Report on malaria in the Punjab during the year ...  together with an account of the work of the Punjab Malaria Bureau - Volume 5
Disease focus: Malaria
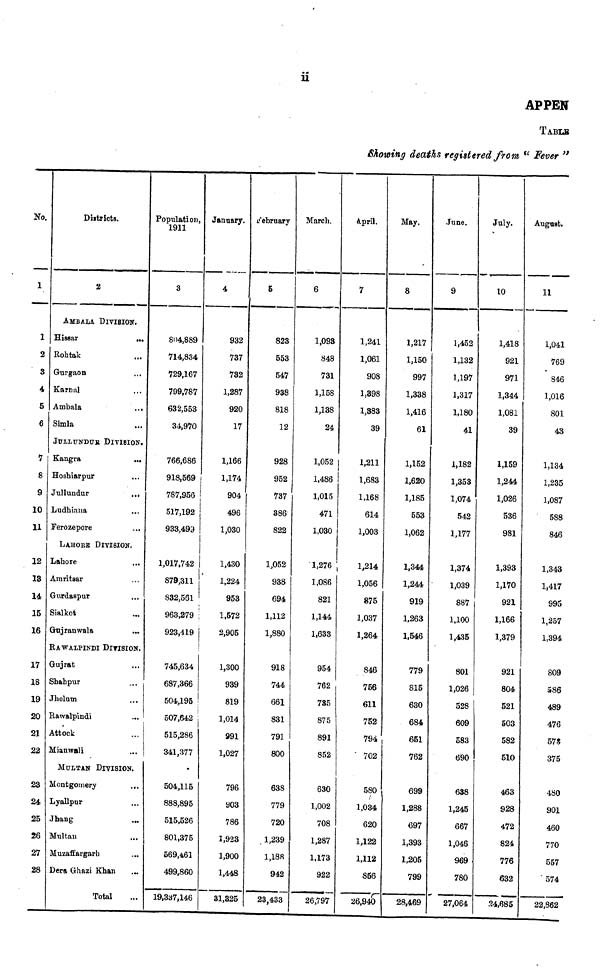
11
APPEN
TABLE
Showing deaths registered from " Fever "
No.
1
1
2
3
4
5
6
7
8
9
10
11
12
I3
14
15
16
17
I8
19
20
21
22
23
24
25
26
27
28
Districts.
2
AMBALA DIVISION.
Hissar
...
Rohtak
Gurgaon
Karnal
Ambala
...
Simla
...
JULLUNDUR DIVISION.
kangra
Hoshiarpur
Jullundur
...
Ludhiana
...
Ferozepore
...
LAHORE DIVISION.
Lahore
...
Amritaar
Gurdaspur
Sialkot
Ghrjranwala
RAWALPINDI DIVISION.
Gujrat
Shahpur
Jhelum
Rawalpindi
Attock
Mianwali
MULTAN DIVISION.
Montgomery
...
Lyallpur
J bang
Multan
Muzaft'argarh
...
Dera Ghazi Khan
Total
Population,
1911
3
804,889
714,834
729,167
799,787
632,553
34,970
766,686
918,569
787,956
517,192
933,499
1,017,742
879,311
832,561
963,279
923,419
745,634
687,366
504,195
507,642
515,286
341,377
504,115
888,895
515,526
801,375
569,4,61
499,860
19,337,146
January.
4
932
737
732
1,287
920
17
1,166
1,174
904
496
1,030
1,430
1,224
953
1,572
2,905
1,300
939
819
1,014
991
1,027
796
903
786
1,923
1,900
1,448
31,325
February
5
823
553
547
938
818
12
928
952
737
386
822
1,052
938
694
1,112
1,880
918
744
661
831
791
800
638
779
720
1,239
3,188
942
23,433
March.
6
1,093
848
731
1,158
1,138
24
1,052
1,486
1,015
471
1,030
1,276
1,086
821
1,144
1,633
954
762
735
875
891
852
630
1,002
708
1,287
1,173
922
26,797
April.
7
1,241
1,061
908
1,398
1,383
39
1,211
1,683
1,168
614
1,003
1,214
1,056
875
1,037
1,264
846
756
611
752
794
702
580
1,034
620
1,122
1,112
856
26,940
May.
8
1,217
1,150
997
1,338
1,416
61
1,152
1,620
1,185
553
1,062
1,344
1,244
919
1,263
1,546
779
815
630
684
651
762
699
1,288
697
1,393
1,205
799
28,469
Tune.
9
1,452
1,132
1,197
1,317
1,180
41
1,182
1,353
1,074
542
1,177
1,374
1,039
887
1,100
1,435
801
1,026
528
609
583
690
638
1,245
667
1,046
969
780
27,064
July.
10
1,418
921
971
1,344
1,081
39
1,159
1,244
1,026
536
981
1,393
1,170
921
1,166
1,379
921
804
521
503
582
510
463
928
472
824
776
632
24,685
August.
11
1,041
769
846
1,016
801
43
1,134
1,235
1,087
588
846
1,343
1,417
995
1,257
1,394
809
586
489
476
578
375
480
901
460
770
557
574
22,862